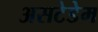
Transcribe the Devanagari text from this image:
असटेडेम